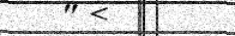
٢٦٠